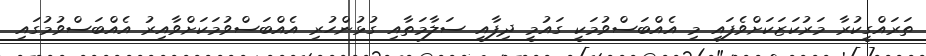
ތަރައްގީކުރާ މަރުކަޒަކަށްވެފައި މި އެއްބަސްވުމަކީ ގައުމީ ދިފާއީ ސަލާމަތާއި ގުޅުންހުރި އެއްބަސްވުމަކަށްވާއިރު އެއްބަސްވުމުގައި